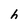
Character: h